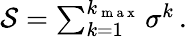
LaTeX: \begin{array}{r}{\mathcal{S}=\sum_{k=1}^{k_{\mathrm{~m~a~x~}}}\sigma^{k}\, .}\end{array}